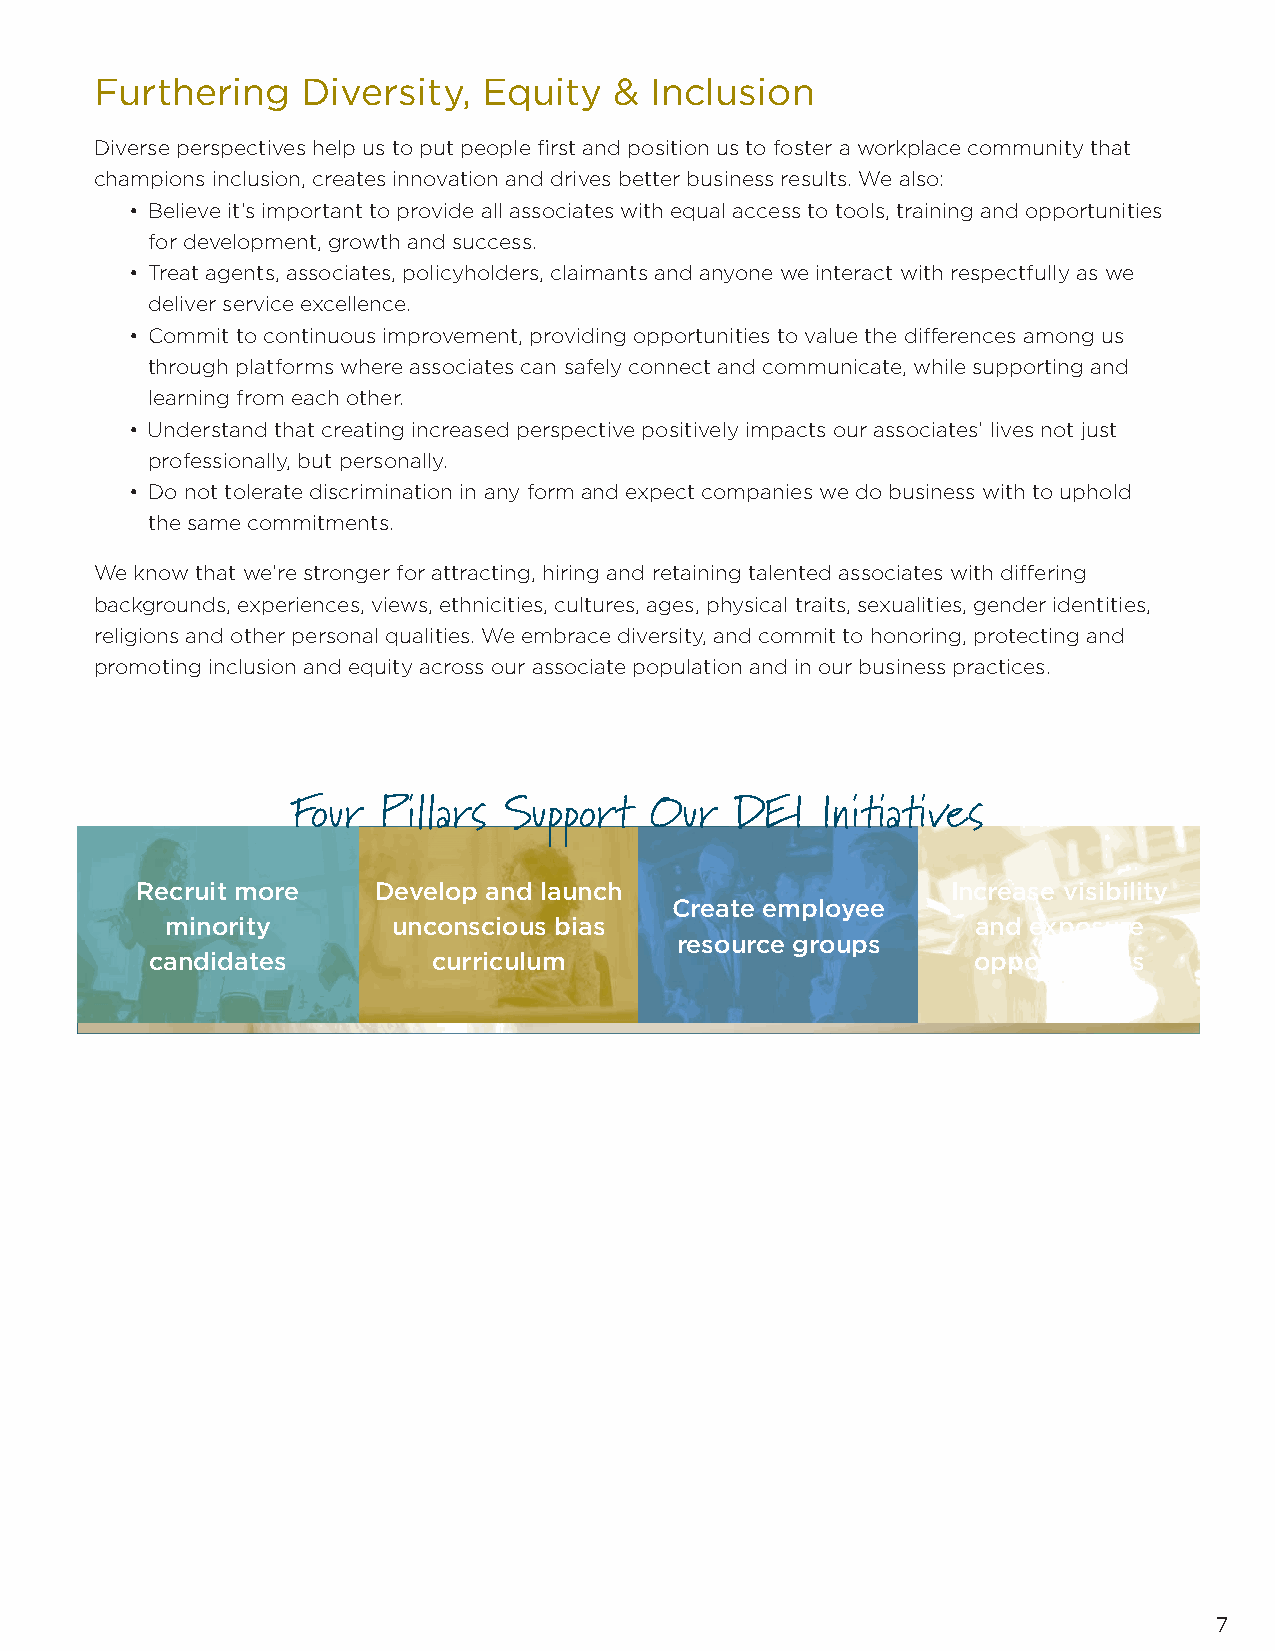
Furthering    Diversity,  Equity   & Inclusion
 Diverse perspectives help us to put people fi rst and position us to foster a workplace community that
 champions inclusion, creates innovation and drives better business results. We also:
 • Believe it’s important to provide all associates with equal access to tools, training and opportunities
 for development, growth and success.
 • Treat agents, associates, policyholders, claimants and anyone we interact with respectfully as we
 deliver service excellence.
 • Commit to continuous improvement, providing opportunities to value the diff erences among us
 through platforms where associates can safely connect and communicate, while supporting and
 learning from each other.
 • Understand that creating increased perspective positively impacts our associates’ lives not just
 professionally, but personally.
 • Do not tolerate discrimination in any form and expect companies we do business with to uphold
 the same commitments.
 We know that we’re stronger for attracting, hiring and retaining talented associates with diff ering
 backgrounds, experiences, views, ethnicities, cultures, ages, physical traits, sexualities, gender identities,
 religions and other personal qualities. We embrace diversity, and commit to honoring, protecting and
 promoting inclusion and equity across our associate population and in our business practices.
 Four  Pillars Support   Our   DEI  Initi ati ves
 Recruit more    Develop and launch                    Increase visibility
 Create employee
 minority       unconscious bias                       and exposure
 resource groups
 candidates         curriculum                          opportunities
 7